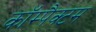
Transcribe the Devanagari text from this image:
कॉम्पैक्टम